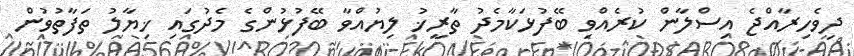
ދިވެހިރާއްޖެ އިސްލާން ކުރެއްވި ބޭފުޅަކާމެދު ތާރީޚު ލިޔުއްވާ ބޭފުޅުންގެ މެދުގައި ޚިޔާލު ތަފާތުވުން